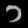
Digit: ၁